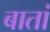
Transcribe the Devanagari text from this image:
बातां